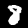
Label: 8